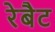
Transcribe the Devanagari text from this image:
रेबैट